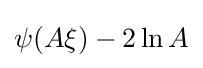
\psi (A\xi )-2\ln A